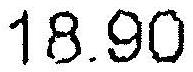
18.90